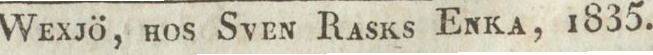
Wexjö, hos Sven Rasks Enka, 1835.